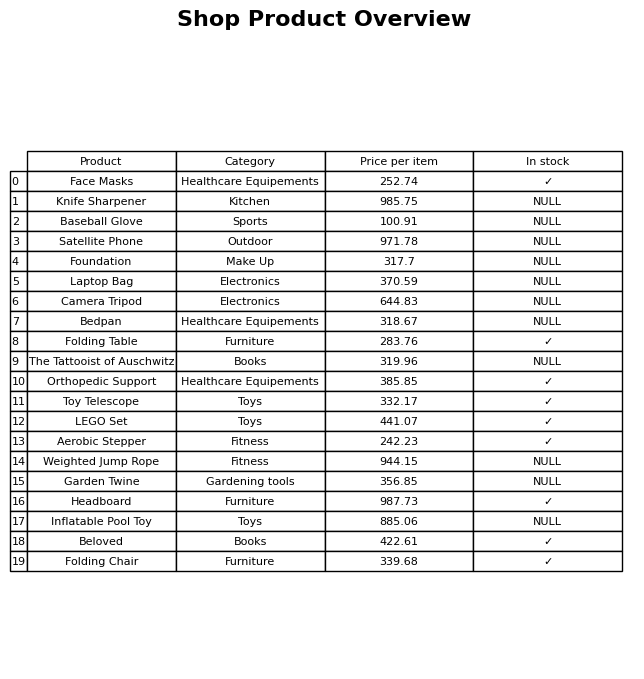
question: What is the price for Folding Chair?
answer: The price of Folding Chair is 339.68.